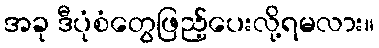
အခု ဒီပုံစံတွေဖြည့်ပေးလို့ရမလား။